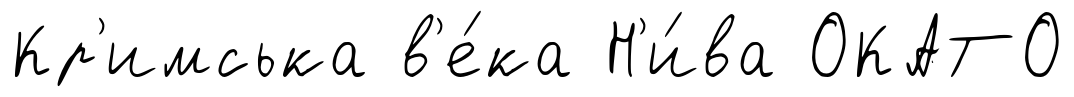
Кр'имська в'е́ка Н'и́ва ОКАТО